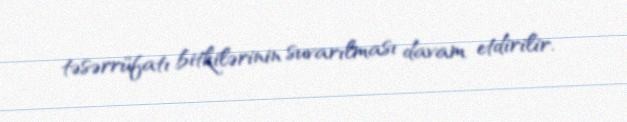
təsərrüfatı bitkilərinin suvarılması davam etdirilir.